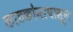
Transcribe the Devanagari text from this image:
काटकोनापासून